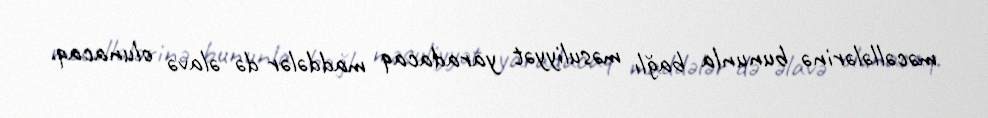
məcəllələrinə bununla bağlı məsuliyyət yaradacaq maddələr də əlavə olunacaq.